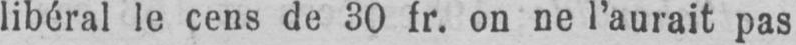
libéral le cens de 30 fr. on ne l’aurait pas